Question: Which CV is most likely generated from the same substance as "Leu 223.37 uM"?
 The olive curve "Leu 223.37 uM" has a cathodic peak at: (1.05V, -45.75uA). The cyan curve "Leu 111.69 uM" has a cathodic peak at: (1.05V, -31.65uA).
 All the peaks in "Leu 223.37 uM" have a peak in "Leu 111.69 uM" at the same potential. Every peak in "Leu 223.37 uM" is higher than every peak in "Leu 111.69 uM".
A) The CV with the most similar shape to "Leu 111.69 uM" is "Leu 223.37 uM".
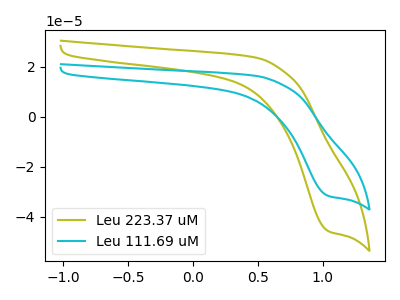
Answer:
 <answer>A) The CV with the most similar shape to "Leu 111.69 uM" is "Leu 223.37 uM".</answer>
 <eval>A</eval>